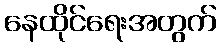
နေထိုင်ရေးအတွက်